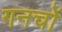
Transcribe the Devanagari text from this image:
गनचों